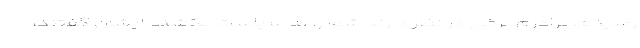
رسیدم، برادرم برخی در نظر دارند شما را به سیاست بکشند ایشان گفتند،